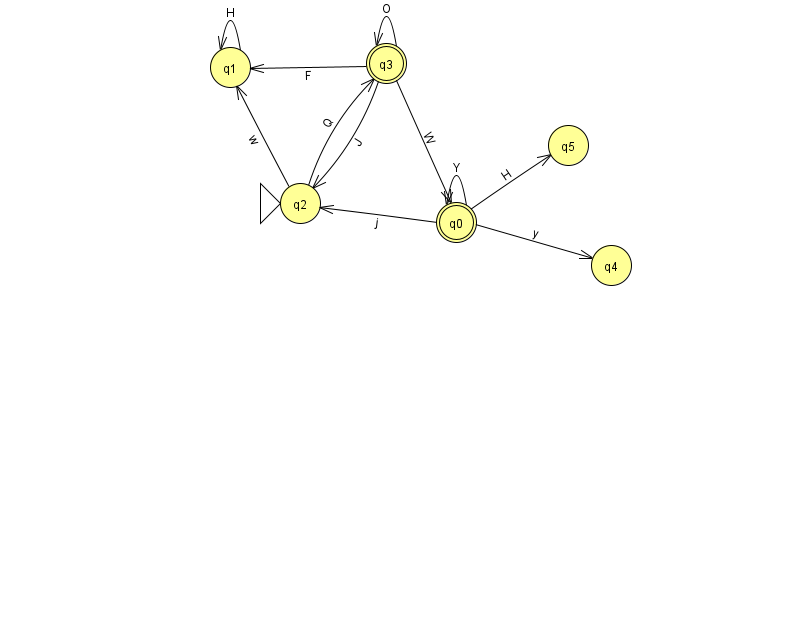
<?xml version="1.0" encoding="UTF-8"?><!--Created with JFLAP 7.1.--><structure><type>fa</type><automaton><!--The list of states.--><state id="0" name="q0"><x>456.0</x><y>209.0</y><final/></state><state id="1" name="q1"><x>230.0</x><y>54.0</y></state><state id="2" name="q2"><x>300.0</x><y>190.0</y><initial/></state><state id="3" name="q3"><x>386.0</x><y>50.0</y><final/></state><state id="4" name="q4"><x>611.0</x><y>252.0</y></state><state id="5" name="q5"><x>568.0</x><y>132.0</y></state><!--The list of transitions.--><transition><from>2</from><to>3</to><read>Q</read></transition><transition><from>0</from><to>2</to><read>j</read></transition><transition><from>0</from><to>5</to><read>H</read></transition><transition><from>1</from><to>1</to><read>H</read></transition><transition><from>0</from><to>0</to><read>Y</read></transition><transition><from>3</from><to>1</to><read>F</read></transition><transition><from>0</from><to>4</to><read>y</read></transition><transition><from>2</from><to>1</to><read>w</read></transition><transition><from>3</from><to>0</to><read>W</read></transition><transition><from>3</from><to>2</to><read>J</read></transition><transition><from>3</from><to>3</to><read>O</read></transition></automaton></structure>